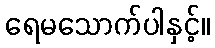
ရေမသောက်ပါနှင့်။